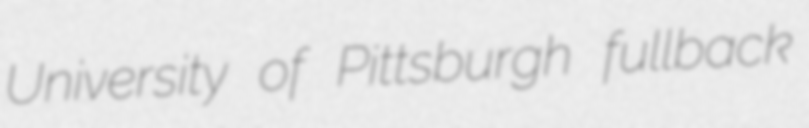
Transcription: University of Pittsburgh fullback